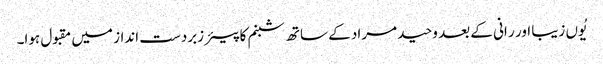
یُوں زیبا اور ر انی کے بعد وحید مراد کے ساتھ شبنم کا پیئر زبردست انداز میں مقبول ہوا۔